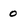
Character: o